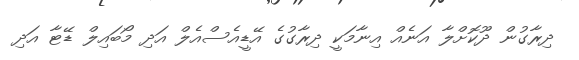
ދިރާގުން ދޫކޮށްލާ އަނެއް އިނާމަކީ ދިރާގުގެ އޭޑީއެސްއެލް އަދި މޯބައިލް ޑޭޓާ އަދި